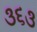
૩૬૩